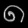
Digit: ၈